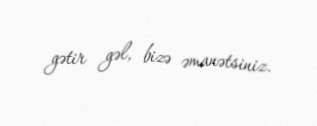
gətir gəl, bizə əmanətsiniz.